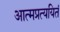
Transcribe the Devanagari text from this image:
आत्मप्रत्ययितं